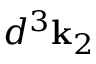
d ^ { 3 } \mathbf { k } _ { 2 }